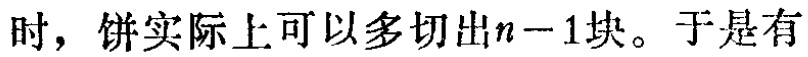
时，饼实际上可以多切出\(n - 1\)块。于是有